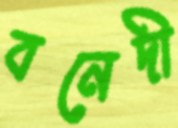
বনেদী